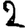
Digit: 2